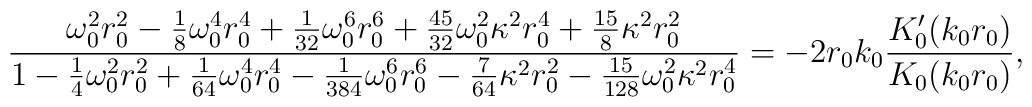
\frac{\omega_0^2r_0^2 - \frac18\omega_0^4r_0^4 + \frac{1}{32}\omega_0^6r_0^6 +   \frac{45}{32}\omega_0^2\kappa^2r_0^4 + \frac{15}{8}\kappa^2r_0^2}  {1 - \frac14\omega_0^2r_0^2 +\frac{1}{64}\omega_0^4r_0^4 -   \frac{1}{384}\omega_0^6r_0^6 - \frac{7}{64}\kappa^2r_0^2 -   \frac{15}{128}\omega_0^2\kappa^2r_0^4} =       -2r_0k_0\frac{K_0'(k_0r_0)}{K_0(k_0r_0)},